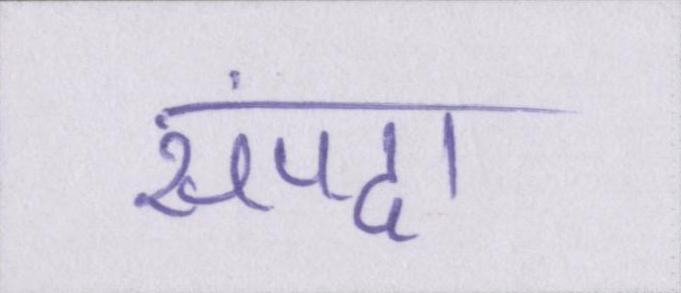
संपदा